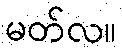
မတ်လ။